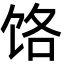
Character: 饹